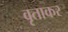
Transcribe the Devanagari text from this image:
वृताकर